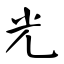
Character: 光